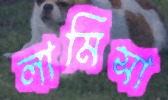
লামিসা